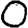
Digit: 0